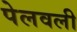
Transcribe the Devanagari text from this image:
पेलवली